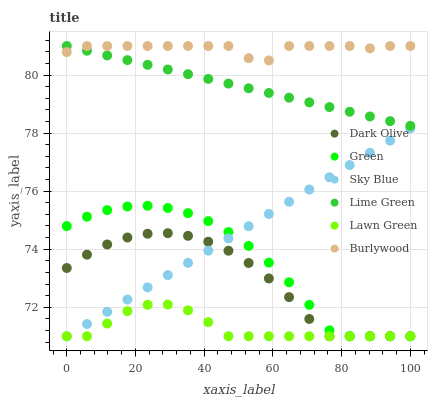
| xaxis_label | Dark Olive | Green | Sky Blue | Lime Green | Lawn Green | Burlywood |
 | --- | --- | --- | --- | --- | --- | --- |
 | 0 | 73.4 | 74.8 | 71 | 81 | 71 | 80.8 |
 | 5.88 | 73.8 | 75.1 | 71.4 | 80.8 | 71 | 81 |
 | 11.8 | 74.2 | 75.3 | 71.8 | 80.7 | 71.4 | 81 |
 | 17.6 | 74.4 | 75.5 | 72.3 | 80.5 | 71.9 | 81 |
 | 23.5 | 74.5 | 75.5 | 72.7 | 80.4 | 72.1 | 81 |
 | 29.4 | 74.6 | 75.4 | 73.1 | 80.2 | 72.1 | 81 |
 | 35.3 | 74.5 | 75.2 | 73.5 | 80 | 71.9 | 81 |
 | 41.2 | 74.3 | 75 | 73.9 | 79.9 | 71.5 | 81 |
 | 47.1 | 73.9 | 74.6 | 74.4 | 79.7 | 71 | 81 |
 | 52.9 | 73.5 | 74.1 | 74.8 | 79.5 | 71 | 80.6 |
 | 58.8 | 73 | 73.5 | 75.2 | 79.4 | 71 | 80.5 |
 | 64.7 | 72.3 | 72.9 | 75.6 | 79.2 | 71 | 81 |
 | 70.6 | 71.6 | 72.1 | 76.1 | 79.1 | 71 | 81 |
 | 76.5 | 71 | 71.2 | 76.5 | 78.9 | 71 | 81 |
 | 82.4 | 71 | 71 | 76.9 | 78.7 | 71 | 81 |
 | 88.2 | 71 | 71 | 77.3 | 78.6 | 71 | 80.9 |
 | 94.1 | 71 | 71 | 77.7 | 78.4 | 71 | 81 |
 | 100 | 71 | 71 | 78.2 | 78.2 | 71 | 81 |